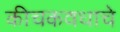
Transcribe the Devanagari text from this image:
कीचकवधाचे